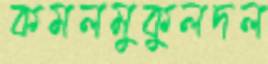
কমলমুকুলদল